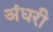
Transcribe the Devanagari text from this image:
अंधरी